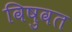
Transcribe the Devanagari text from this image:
विषुवत